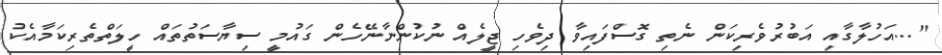
"...އަހުލާގާއި އަބުރުވެރިކަން ނެތި ގޮސްފައިވާ ދިވެހި ޖީލެއް ނުކުންނާނޭހެން ގައުމީ ސިޔާސަތުތައް ހީލަތްތެރިކަމާއެކު